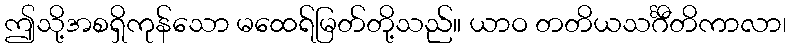
ဤသို့အစရှိကုန်သော မထေရ်မြတ်တို့သည်။ ယာဝ တတိယသင်္ဂီတိကာလာ၊